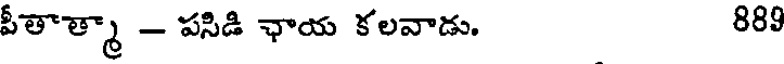
పీతాత్మా - పసిడి ఛాయ కలవాడు. 88